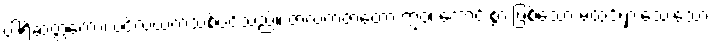
ပါရိဆတ္တကော၊ ပင်လယ်ကသစ်ပင်သည်။ ဇာလကဇာတော ဣဝ၊ ကောင်းစွာ ဖြစ်သော မထင်ရှားသေးသော